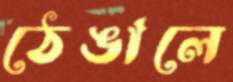
ঠেঙালে